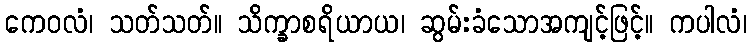
ကေဝလံ၊ သတ်သတ်။ သိက္ခာစရိယာယ၊ ဆွမ်းခံသောအကျင့်ဖြင့်။ ကပါလံ၊